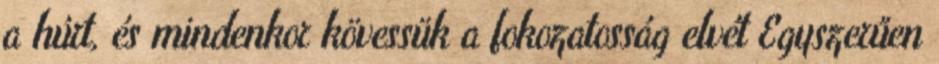
a húrt, és mindenkor kövessük a fokozatosság elvét Egyszerűen